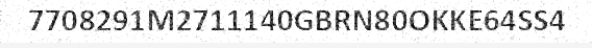
7708291M2711140GBRN80OKKE64SS4